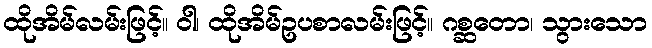
ထိုအိမ်လမ်းဖြင့်။ ဝါ၊ ထိုအိမ်ဥပစာလမ်းဖြင့်။ ဂစ္ဆတော၊ သွားသော